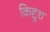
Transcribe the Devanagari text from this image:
किद्दुश